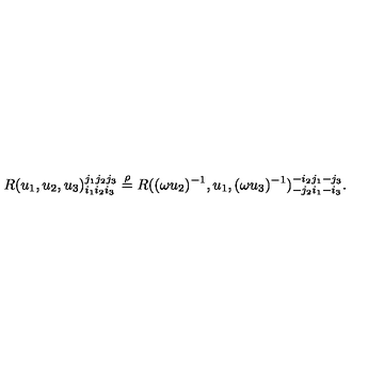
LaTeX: R ( u _ { 1 } , u _ { 2 } , u _ { 3 } ) _ { i _ { 1 } i _ { 2 } i _ { 3 } } ^ { j _ { 1 } j _ { 2 } j _ { 3 } } \stackrel { \rho } { = } R ( ( \omega u _ { 2 } ) ^ { - 1 } , u _ { 1 } , ( \omega u _ { 3 } ) ^ { - 1 } ) _ { - j _ { 2 } i _ { 1 } - i _ { 3 } } ^ { - i _ { 2 } j _ { 1 } - j _ { 3 } } .